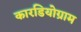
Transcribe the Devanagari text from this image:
कारडियोग्राम